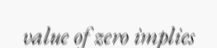
value of zero implies